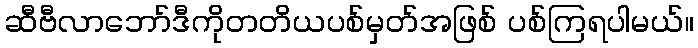
ဆီဗီလာဘော်ဒီကိုတတိယပစ်မှတ်အဖြစ် ပစ်ကြရပါမယ်။